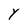
Character: Y